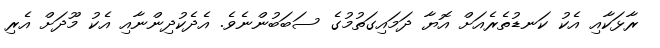
ރާޅަކާއި އެކު ކަނޑުތެރެއަށް އޮޔާ ދަމައިގަތުމުގެ ސަބަބުންނެވެ. އެދެކުދިންނާއި އެކު މޫދަށް އެރި